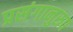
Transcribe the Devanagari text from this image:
प्रसंगानुरुप